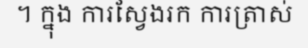
។ ក្នុង ការស្វែងរក ការត្រាស់